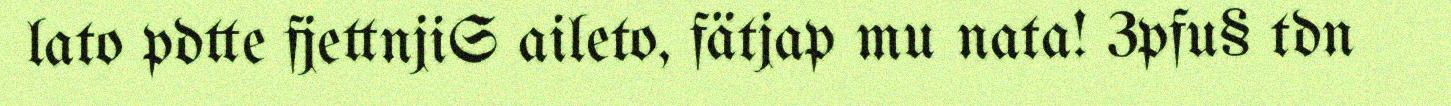
lato pdtte fjettnjiS aileto, fätjap mu nata! 3pfu§ tdn